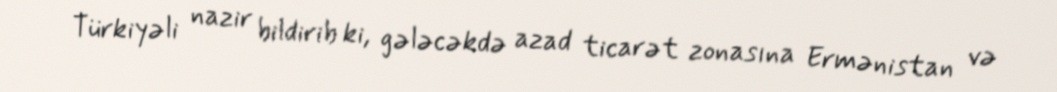
Türkiyəli nazir bildirib ki, gələcəkdə azad ticarət zonasına Ermənistan və